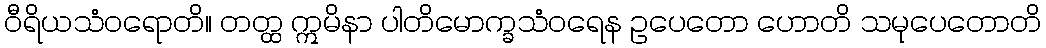
ဝီရိယသံဝရောတိ။ တတ္ထ ဣမိနာ ပါတိမောက္ခသံဝရေန ဥပေတော ဟောတိ သမုပေတောတိ